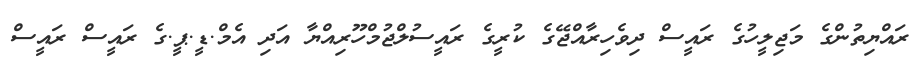
ރައްޔިތުންގެ މަޖިލީހުގެ ރައީސް ދިވެހިރާއްޖޭގެ ކުރީގެ ރައީސުލްޖުމްހޫރިއްޔާ އަދި އެމް.ޑީ.ޕީ.ގެ ރައީސް ރައީސް